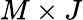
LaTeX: M\times J